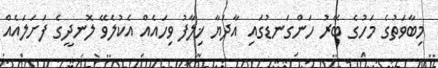
މިބާވަތުގެ މަހުގެ ބޭރު ހަންގަނޑުގައި އާދަޔާ ޚިލާފު ވިހައެއް އެކުލެވޭ ލޮނދީގެ ފަށަލައެއް